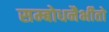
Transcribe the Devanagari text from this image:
सम्बोधनैर्भीतो